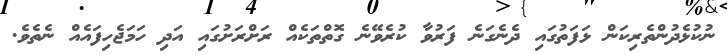
ނުކުޅެދުންތެރިކަން ޅަފަތުގައި ދެނެގަނެ ފަރުވާ ކުރެވޭނެ ގޮތްތަކެއް ރަށްރަށުގައި އަދި ހަމަޖެހިފައެއް ނެތެވެ.